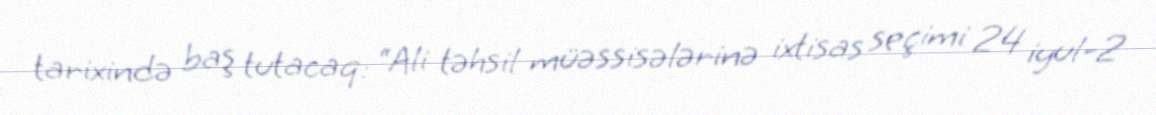
tarixində baş tutacaq: “Ali təhsil müəssisələrinə ixtisas seçimi 24 iyul-2